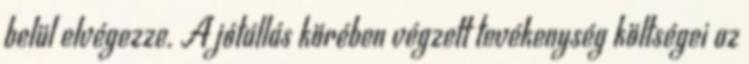
belül elvégezze. A jótállás körében végzett tevékenység költségei az